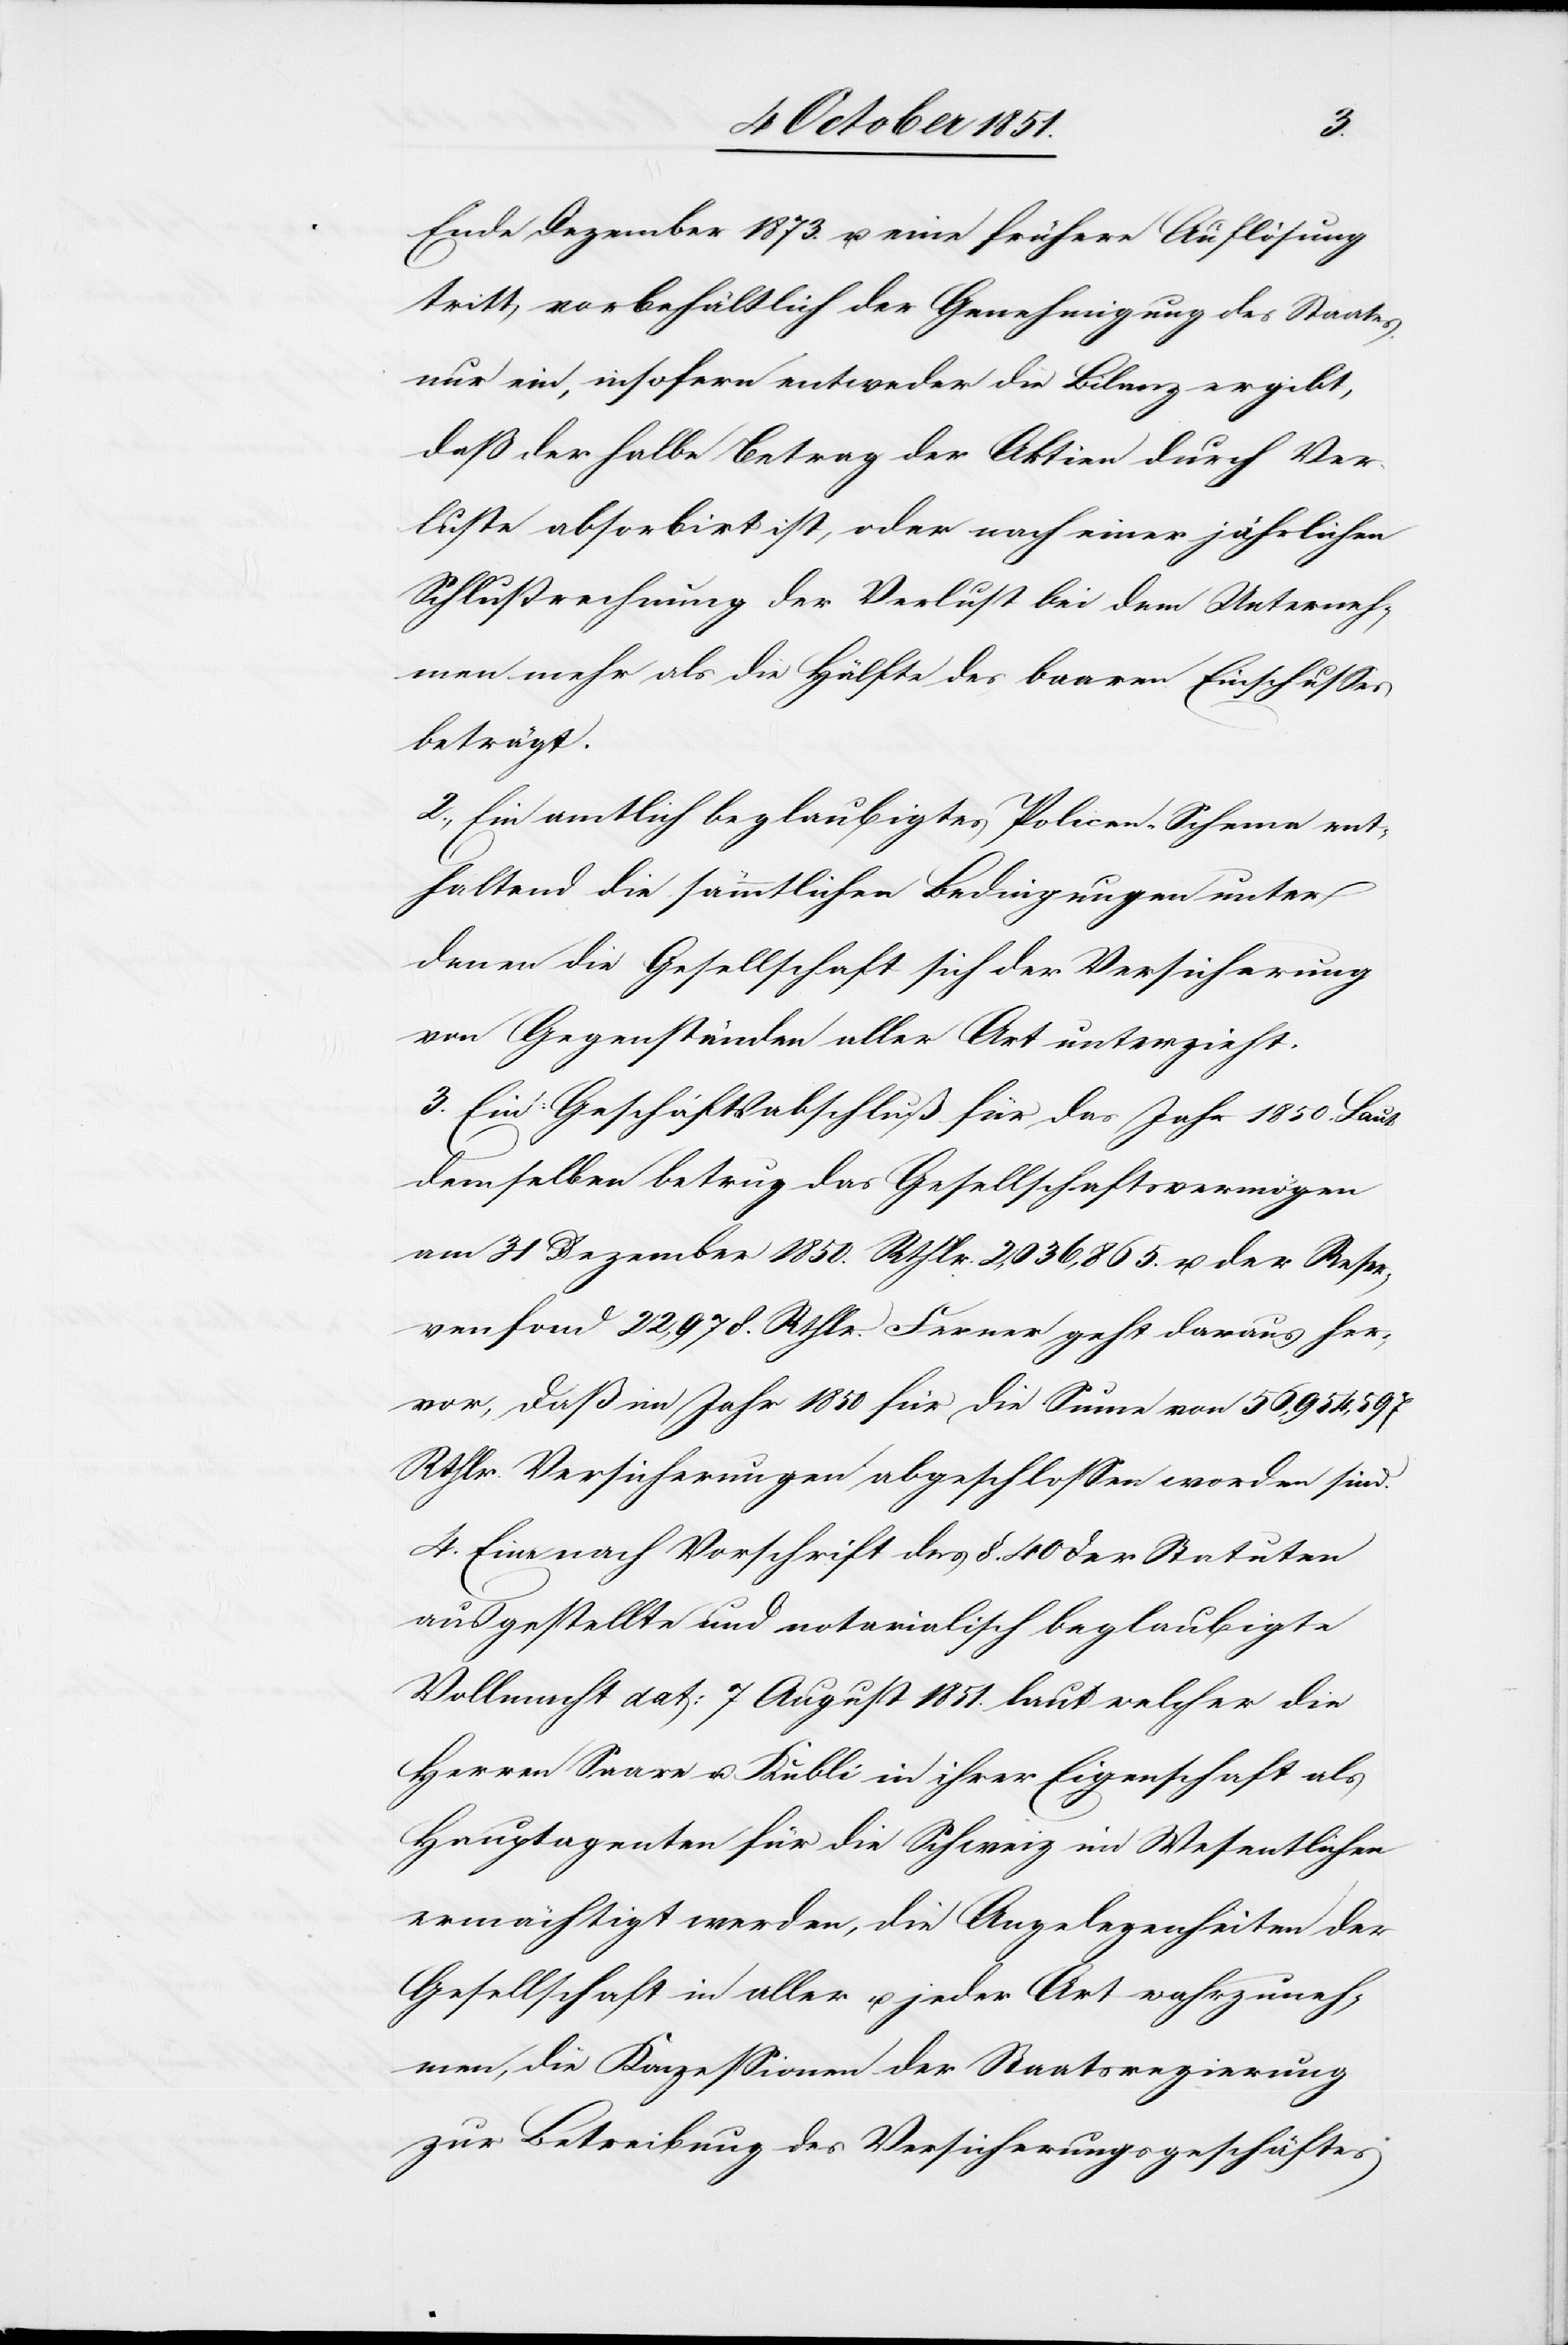
Ende Dezember 1873. u. eine frühere Auflösung
tritt, vorbehältlich der Genehmigung des Staates
nur ein, insofern entweder die Bilanz ergibt,
daß der halbe Betrag der Aktien durch Ver¬
luste absorbirt ist, oder nach einer jährlichen
Schlußrechnung der Verlust bei dem Unterneh¬
men mehr als die Hälfte des baaren Einschusses
beträgt.
2., Ein amtlich beglaubigtes Policen-Schema ent¬
haltend die sämmtlichen Bedingungen unter
denen die Gesellschaft sich der Versicherung
von Gegenständen aller Art unterzieht.
3. Ein Geschäftsabschluß für das Jahr 1850. Laut
demselben betrug das Gesellschaftsvermögen
am 31 Dezember 1850. Rthlr. 2,036,865. u. der Reser¬
venfond 22,978. Rthlr. Ferner geht daraus her¬
vor, daß im Jahr 1850 für die Sum[m]e von 56,954,597
Rthlr. Versicherungen abgeschlossen worden sind.
4. Eine nach Vorschrift des §. 40 der Statuten
ausgestellte und notarialisch beglaubigte
Vollmacht dat: 7 August 1851. laut welcher die
Herren Saare u. Kubli in ihrer Eigenschaft als
Hauptagenten für die Schweiz im Wesentlichen
ermächtigt werden, die Angelegenheiten der
Gesellschaft in aller u. jeder Art wahrzuneh¬
men, die Konzessionen der Staatsregierung
zur Betreibung des Versicherungsgeschäftes